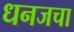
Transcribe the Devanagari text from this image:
धनजचा